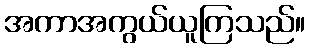
အကာအကွယ်ယူကြသည်။